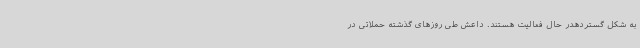
به شکل گستردهدر حال فعالیت هستند. داعش طی روزهای گذشته حملاتی در